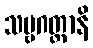
သဗ္ဗဂတ္တာနိ